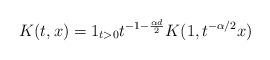
LaTeX: \begin{align*}K(t,x)=1_{t>0}t^{-1-\frac{\alpha d}{2}}K(1,t^{-\alpha/2}x)\end{align*}